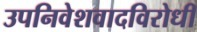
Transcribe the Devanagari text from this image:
उपनिवेशवादविरोधी